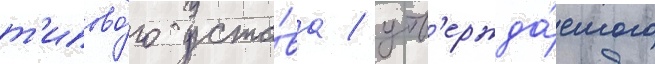
т'ипово́го уста́ва / утв'ержда́емого